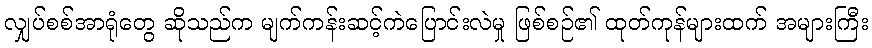
လျှပ်စစ်အာရုံတွေ ဆိုသည်က မျက်ကန်းဆင့်ကဲပြောင်းလဲမှု ဖြစ်စဉ်၏ ထုတ်ကုန်များထက် အများကြီး